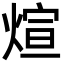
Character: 煊